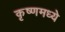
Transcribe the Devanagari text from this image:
कृष्णमध्ये